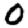
Digit: 0